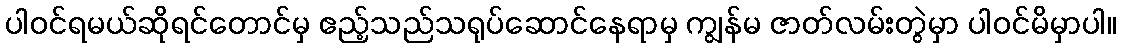
ပါဝင်ရမယ်ဆိုရင်တောင်မှ ဧည့်သည်သရုပ်ဆောင်နေရာမှ ကျွန်မ ဇာတ်လမ်းတွဲမှာ ပါဝင်မိမှာပါ။